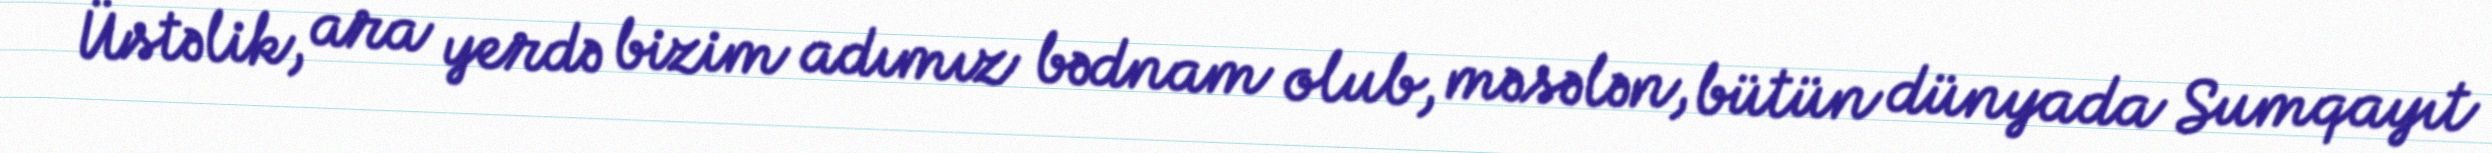
Üstəlik, ara yerdə bizim adımız bədnam olub, məsələn, bütün dünyada Sumqayıt